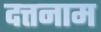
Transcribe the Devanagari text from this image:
दत्तनाम